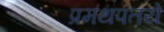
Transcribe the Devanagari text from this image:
प्रमथपतये